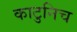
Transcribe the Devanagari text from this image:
काटुनिच